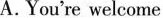
A. You're welcome